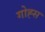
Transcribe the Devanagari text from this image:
गोह्स